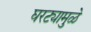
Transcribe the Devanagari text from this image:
घरट्यामुळे